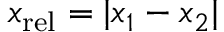
x _ { \mathrm { r e l } } = | x _ { 1 } - x _ { 2 } |